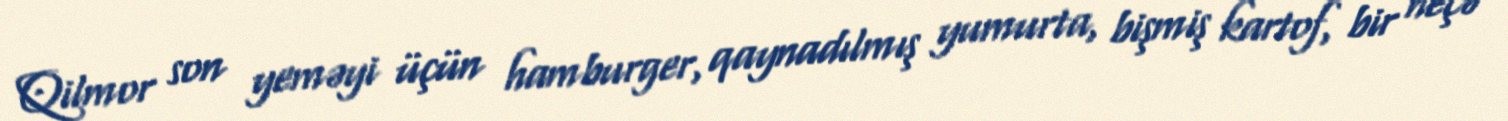
Qilmor son yeməyi üçün hamburger, qaynadılmış yumurta, bişmiş kartof, bir neçə